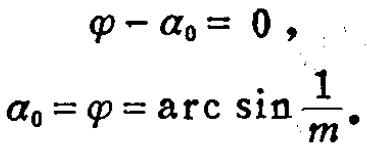
\begin{align*}

\varphi - \alpha_0&= 0, \\

\alpha_0=\varphi&= \arcsin\frac{1}{m}.

\end{align*}